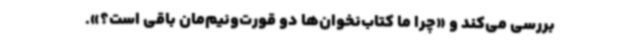
بررسی می‌کند و «چرا ما کتاب‌نخوان‌ها دو قورت‌ونیم‌مان باقی است؟».